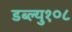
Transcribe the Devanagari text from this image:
डब्ल्यु१०८